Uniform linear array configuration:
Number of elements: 8
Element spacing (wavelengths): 0.25
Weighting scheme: hamming
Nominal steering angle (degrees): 0
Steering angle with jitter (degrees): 0.3689
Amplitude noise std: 0.05
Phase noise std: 0.05

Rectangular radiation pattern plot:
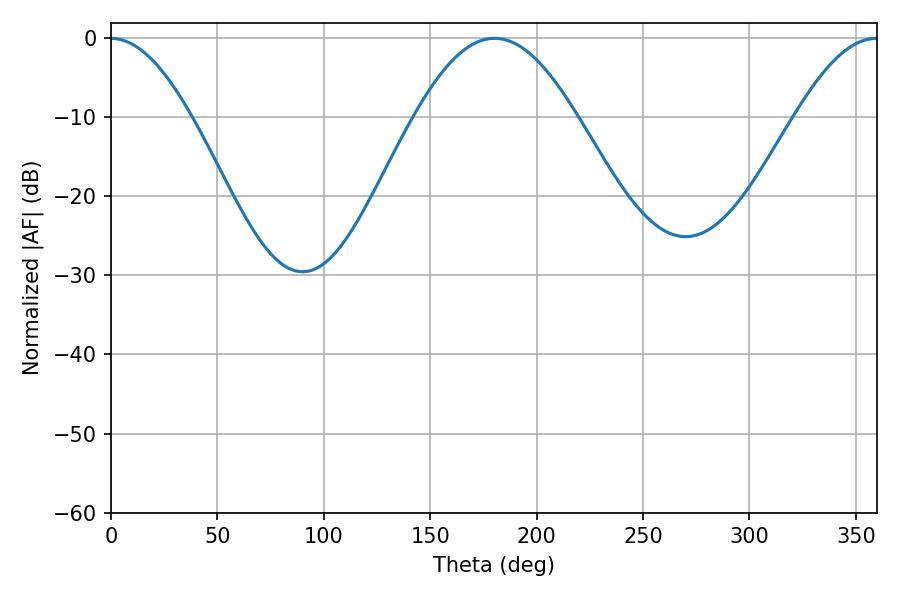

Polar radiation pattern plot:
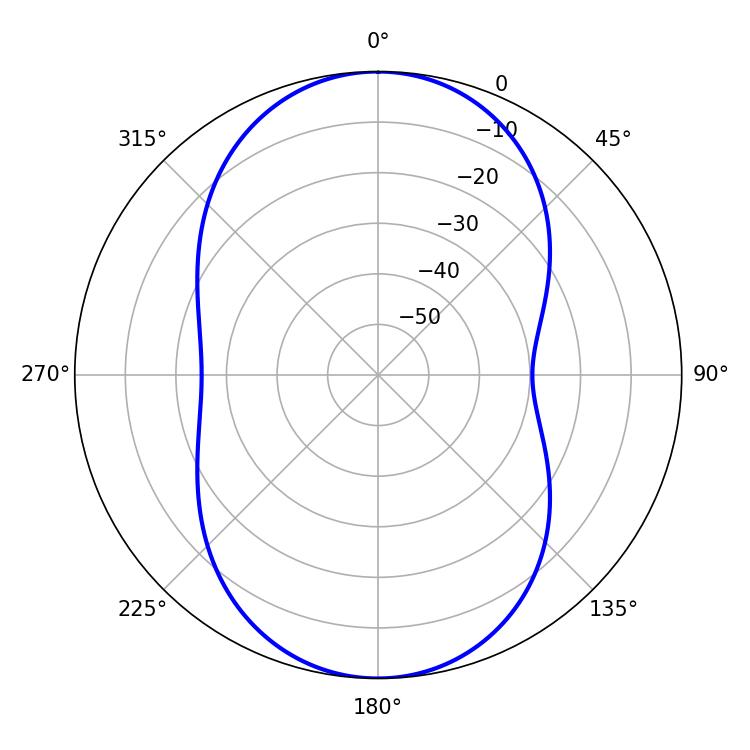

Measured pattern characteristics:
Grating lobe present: FALSE
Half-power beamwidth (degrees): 41.22
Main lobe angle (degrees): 180.18